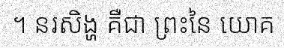
។ នរសិង្ហ គឺជា ព្រះនៃ យោគ